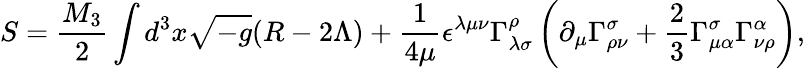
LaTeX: S={\frac{M_{3}}{2}}\int d^{3}x{\sqrt{-g}}(R-2\Lambda)+{\frac{1}{4\mu}}\epsilon^{\lambda\mu\nu}\Gamma_{\lambda\sigma}^{\rho}\left(\partial_{\mu}\Gamma_{\rho\nu}^{\sigma}+{\frac{2}{3}}\Gamma_{\mu\alpha}^{\sigma}\Gamma_{\nu\rho}^{\alpha}\right),